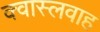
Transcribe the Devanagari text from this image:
क्वास्लवाह